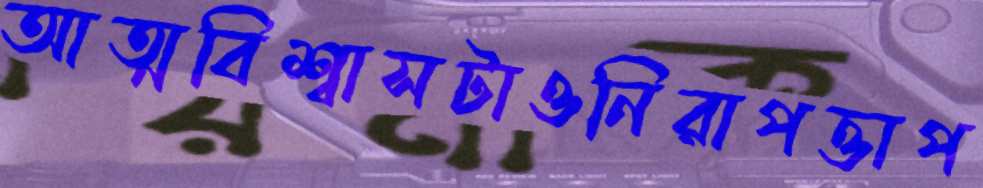
আত্মবিশ্বাসটাওনিরাপত্তাপ